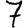
Digit: 7